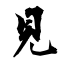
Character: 見